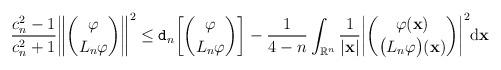
LaTeX: \begin{align*} \frac{c_n^2-1}{c_n^2+1}\bigg\|\binom{\varphi}{L_n \varphi}\bigg\|^2 \leq \mathtt{d}_n\bigg[\binom{\varphi}{L_n \varphi}\bigg]- \frac{1}{4-n}\int_{\mathbb{R}^n} \frac{1}{|\mathbf{x}|}\bigg|\binom{\varphi(\mathbf{x})}{\big(L_n \varphi\big)(\mathbf{x})}\bigg|^2\mathrm{d}\mathbf{x}\end{align*}